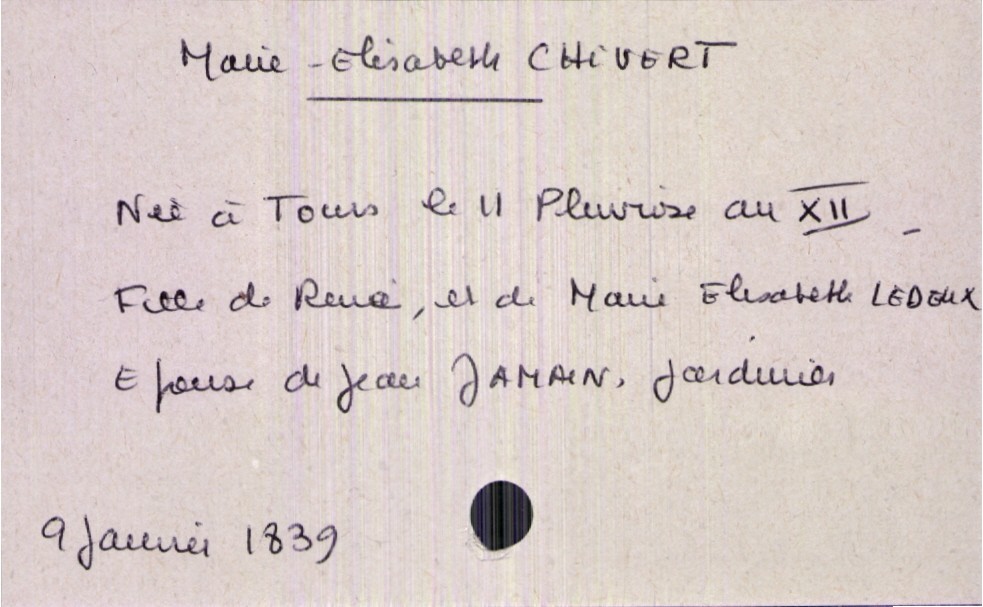
type_acte: Décès
année: 1839
mois: janvier
jour: 9
défunt_nom: Chivert
défunt_prénom: Marie-Elisabeth
défunt_sexe: F
défunt_date_de_naissance: II pluviose an XII
défunt_lieu_de_naissance: Tours
défunt_statut: marié(e)
père_défunt_nom: Chivert
père_défunt_prénom: René
mère_défunt_nom: Ledeux
mère_défunt_prénom: Marie Elisabeth